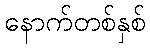
နောက်တစ်နှစ်